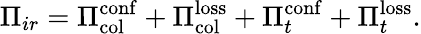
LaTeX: \Pi_{ir}=\Pi_{\mathrm{col}}^{\mathrm{conf}}+\Pi_{\mathrm{col}}^{\mathrm{loss}}+\Pi_{t}^{\mathrm{conf}}+\Pi_{t}^{\mathrm{loss}}.